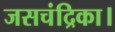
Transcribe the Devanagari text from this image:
जसचंद्रिका।